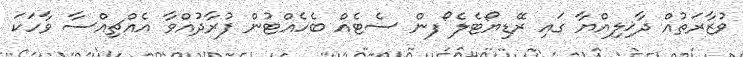
ވުޒާރަތުއް ދާޚިލިއްޔާ ގައި ރޭޑިޔޯޓެލެ ޯފން ސެޓެއް ބެހެއްޓުން ފުރާދުއްވާ އެއްޗިއްސާ ވާހަކަ